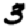
Digit: 3